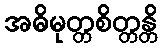
အဓိမုတ္တစိတ္တန္တိ